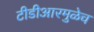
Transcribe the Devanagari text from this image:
टीडीआरमुळेच